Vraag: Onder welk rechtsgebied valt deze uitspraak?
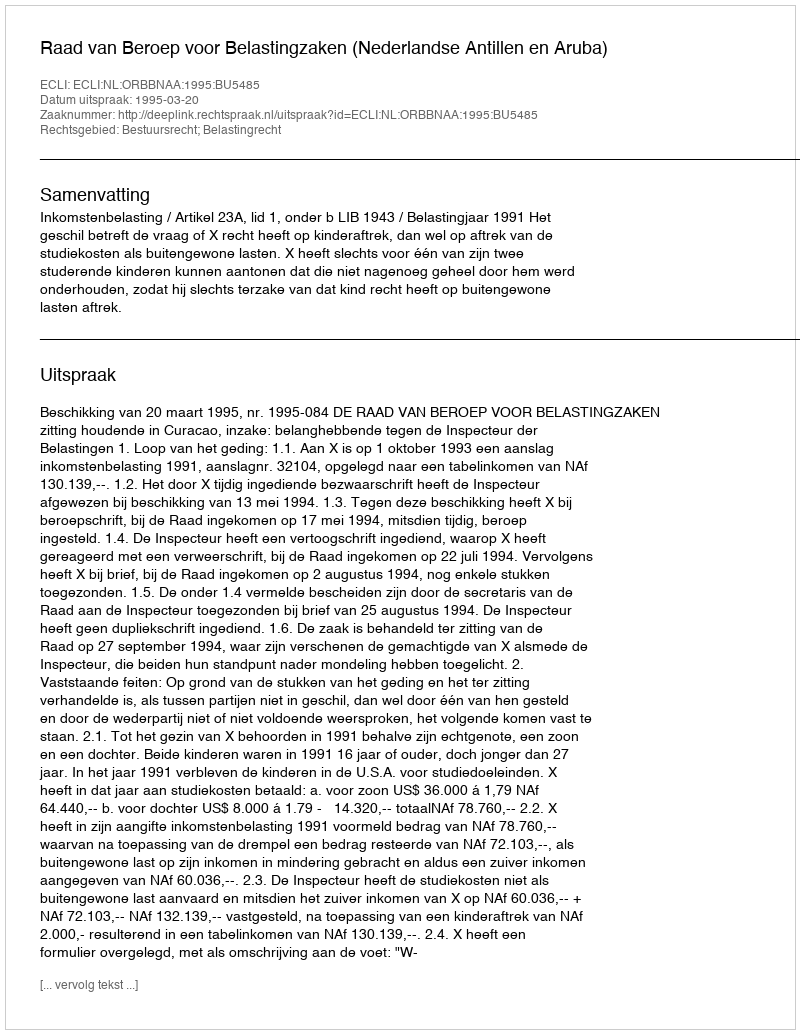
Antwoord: Bestuursrecht; Belastingrecht